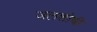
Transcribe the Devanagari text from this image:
जलशोषी